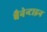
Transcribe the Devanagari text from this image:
बैनेन्टाइन